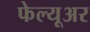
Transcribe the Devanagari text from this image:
फेल्यूअर